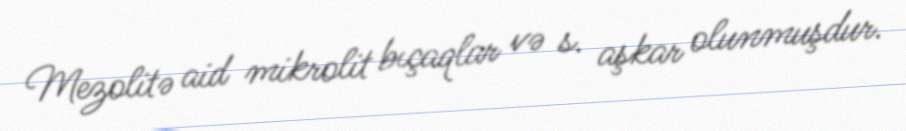
Mezolitə aid mikrolit bıçaqlar və s. aşkar olunmuşdur.